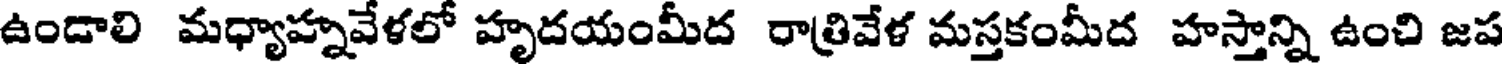
ఉండాలి మధ్యాహ్నవేళలో హృదయంమీద రాత్రివేళ మస్తకంమీద హస్తాన్ని ఉంచి జప